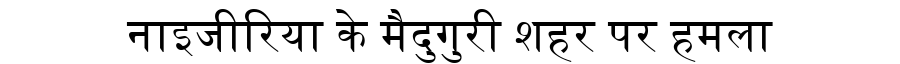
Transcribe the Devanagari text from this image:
नाइजीरिया के मैदुगुरी शहर पर हमला